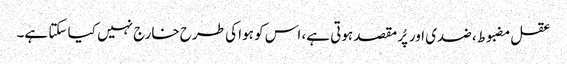
عقل مضبوط، ضدی اور پُر مقصد ہوتی ہے، اس کو ہوا کی طرح خارج نہیں کیا سکتا ہے۔